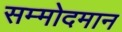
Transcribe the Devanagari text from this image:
सम्मोदमान